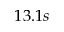
1 3 . 1 s